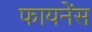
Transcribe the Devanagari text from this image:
फायनेंस